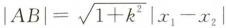
$$| A B | = \sqrt { 1 + k ^ { 2 } } | x _ { 1 } - x _ { 2 } |